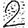
Digit: 2